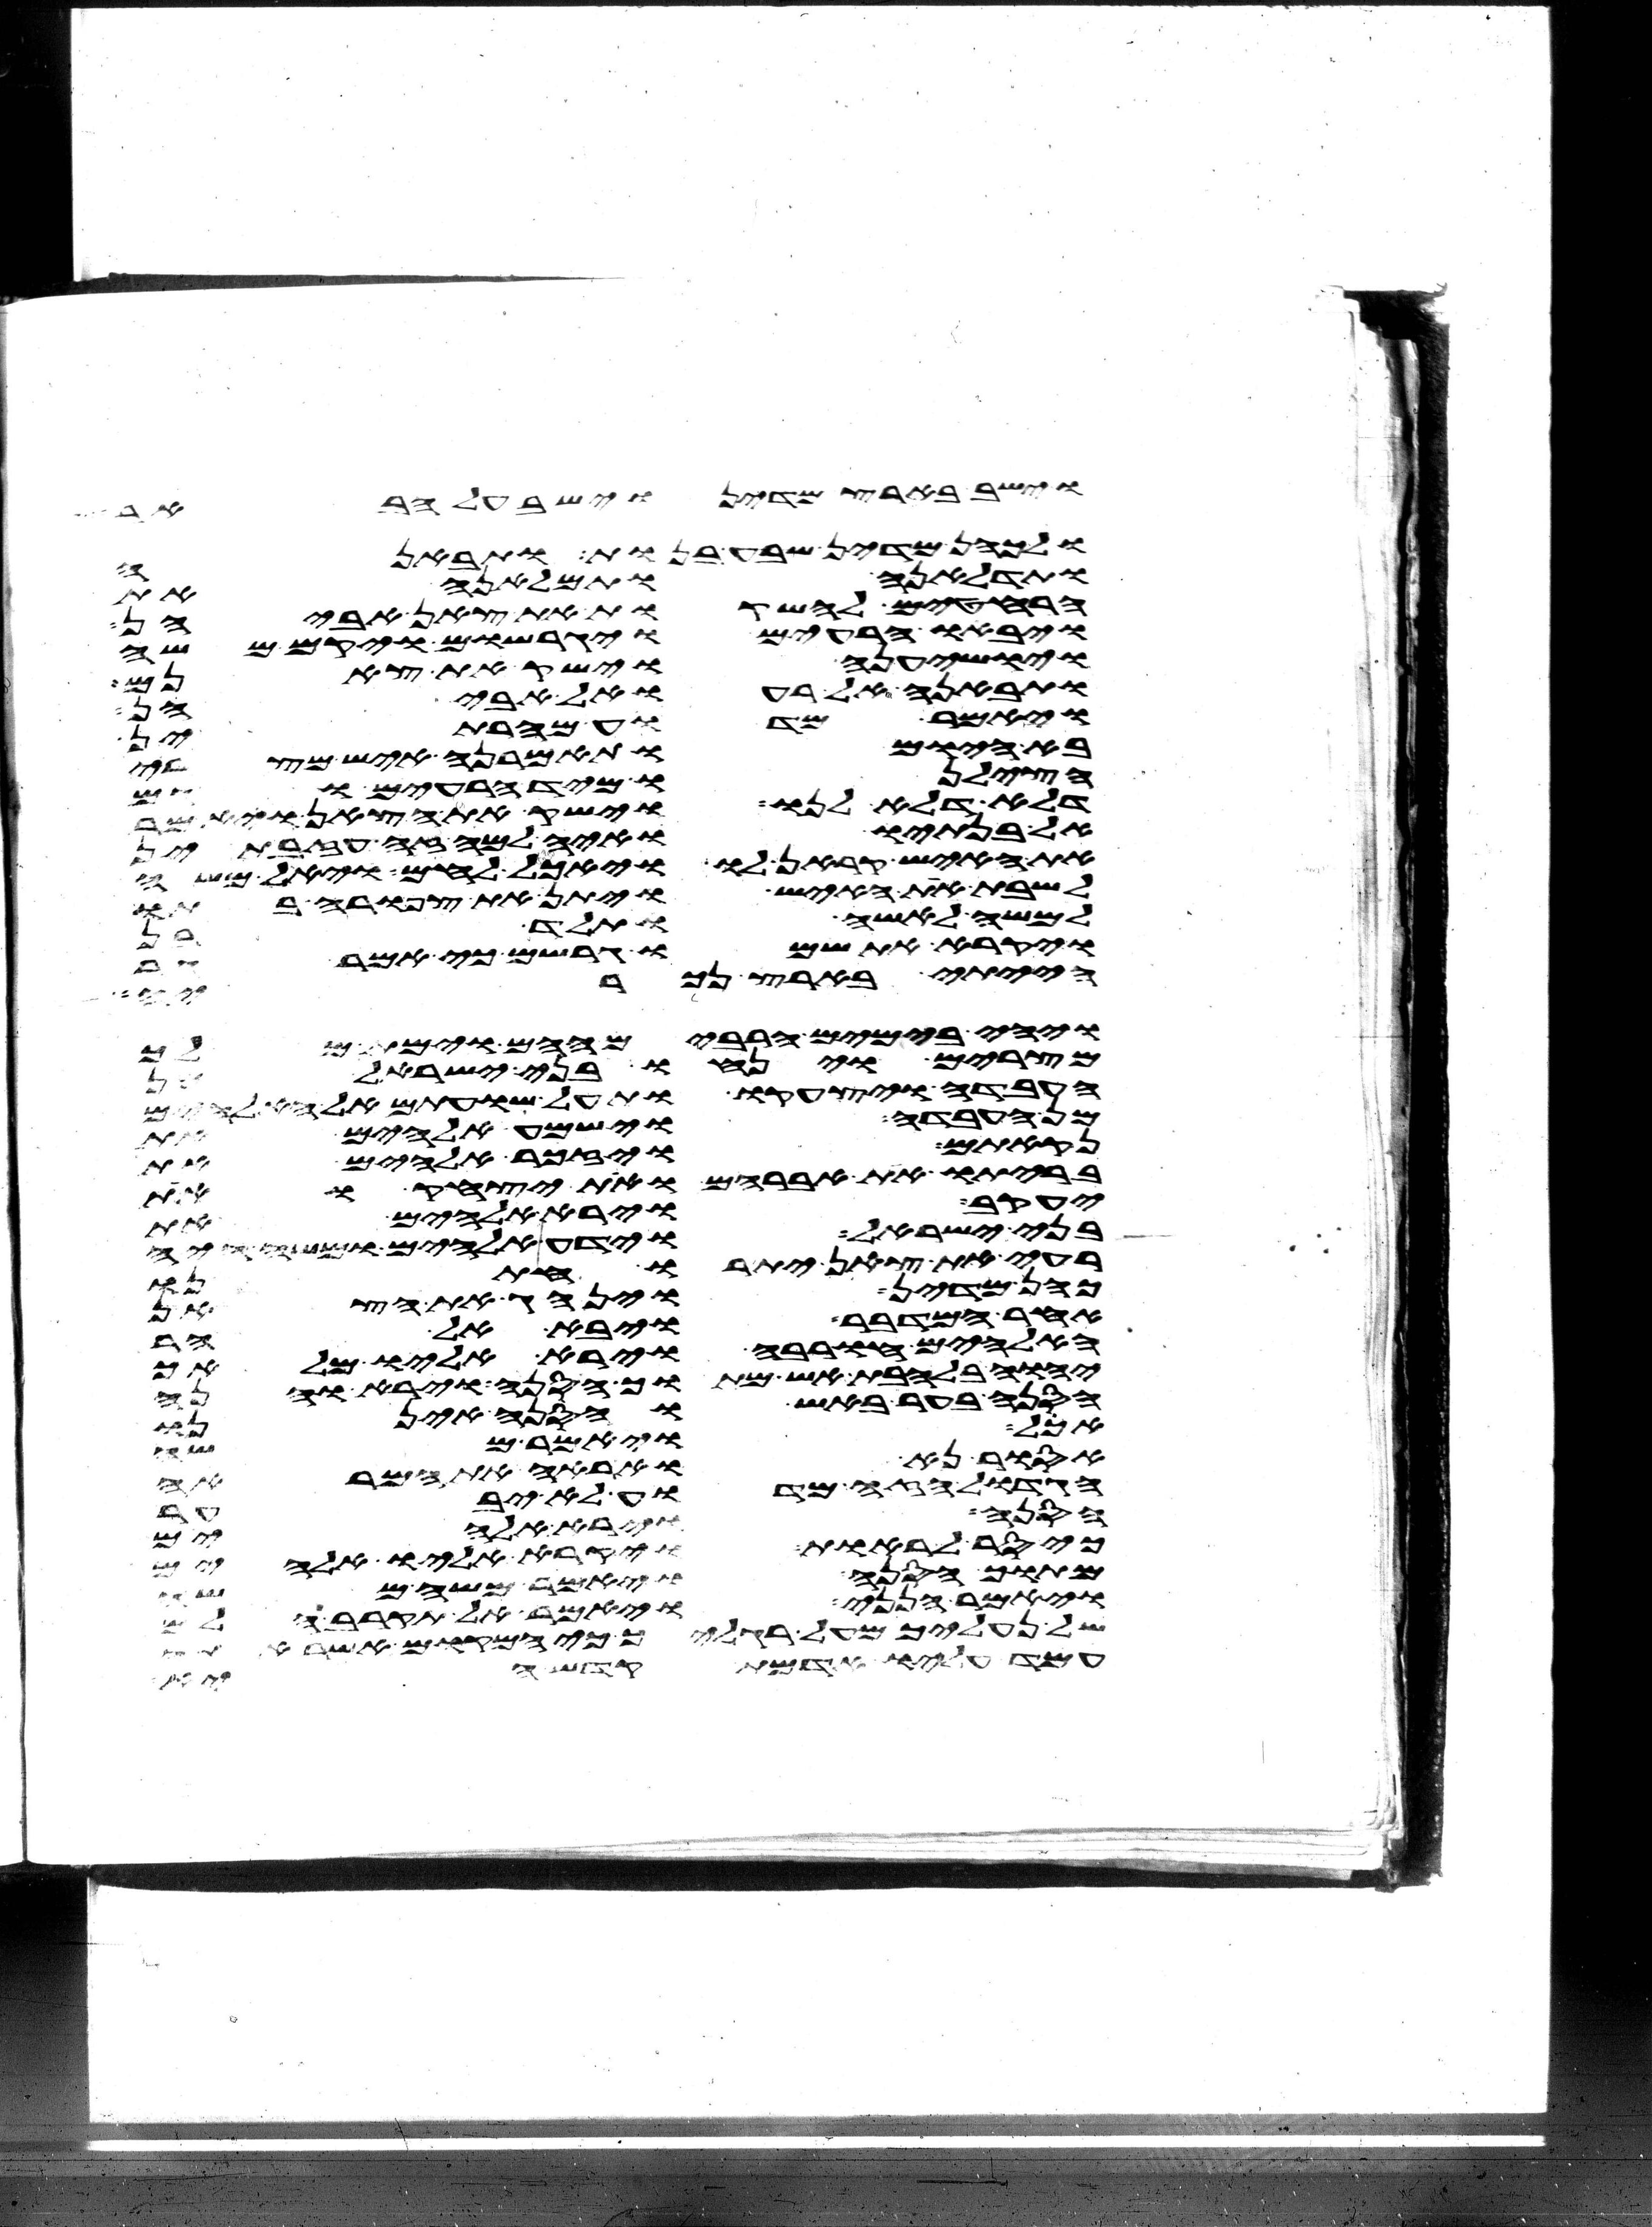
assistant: וישב בארץ מדין וישב על הבאר
ולכהן מדין שבע בנות ותבאנה
ותדלאנה ותמלאנה את
הרחטים להשקות את צאן אביהן
ויבאו הרעים ויגרשום ויקם משה
ויושיענה וישק את צאנם
ותבאנה אל רעואל אביהן
ויאמר מדוע מהרתן
בא היום ותאמרנה איש מצרי
הצילנו מיד הרעים וגם
דלא דלא לנו וישק את הצאן ויאמר
אל בנתיו ואיה למה זה עזבתן
את האיש קראן לו ויאכל לחם ויאל משה
לשבת את האיש ויתן את צפורה בתו
למשה לאשה ותלד בן
ויקרא את שמו גרשם כי אמר גר
הייתי בארץ נכריה
ויהי בימים הרבים ההם וימת מלך
מצרים וינחו בני ישראל מן
העבדה ויצעקו ותעל שועתם אל האלהים
מן העבדה וישמע אלהים את
נקאתם ויזכר אלהים את
בריתו את אברהם ואת יצחק ואת
יעקב וירא אלהים את
בני ישראל וידע אלהים ומשה היה
רעה את צאן יתרו חתנו
כהן מדין וינהג את הצאן
אחר המדבר ויבא אל הר
האלהים חורבה וירא אליו מלאך
יהוה בלהבת אש מתוך הסנה וירא והנה
הסנה בער באש והסנה איננו
אכל ויאמר משה
אסור נא ואראה את המראה
הגדול הזה מדוע לא יבער
הסנה וירא אלהים
כי סר לראות ויקרא אליו אלהים
מתוך הסנה ויאמר משה משה
ויאמר הנני ויאמר אל תקרב הלם
של נעליך מעל רגליך כי המקום אשר אתה
עמד עליו אדמת קדש היא